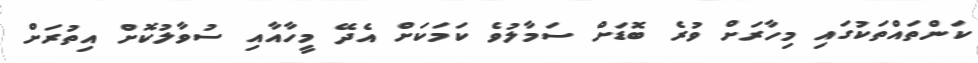
ކަންތައްތަކުގައި މިހާރަށް ވުރެ ބޮޑަށް ސަމާލުވެ ކަމަކަށް އެދޭ މީހާއާއި ސުވާލުކޮށް އިތުރަށް